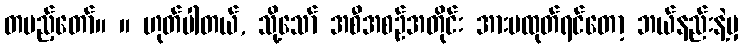
တပည့်တော်။ ။ ဟုတ်ပါတယ်, သို့သော် အစီအစဉ်အတိုင်း အားမထုတ်ရင်တော့ ဘယ်နည်းနဲ့မှ